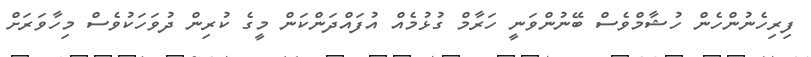
ފިރިހެނުންހެން ހުޝާމްވެސް ބޭނުންވަނީ ހަރާމް ގުޅުމެއް އުފައްދަންކަން މީގެ ކުރިން ދުވަހަކުވެސް މިހާވަރަށް